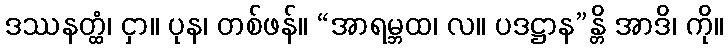
ဒဿနတ္ထံ၊ ငှာ။ ပုန၊ တစ်ဖန်။ “အာရမ္ဘထ၊ လ။ ပဒဋ္ဌာန”န္တိ အာဒိ၊ ကို။